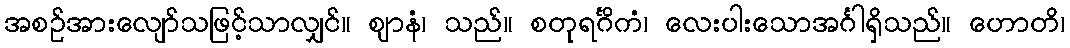
အစဉ်အားလျော်သဖြင့်သာလျှင်။ ဈာနံ၊ သည်။ စတုရင်္ဂိကံ၊ လေးပါးသောအင်္ဂါရှိသည်။ ဟောတိ၊